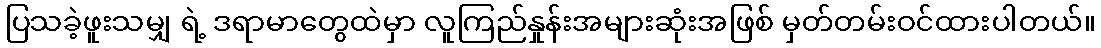
ပြသခဲ့ဖူးသမျှ ရဲ့ ဒရာမာတွေထဲမှာ လူကြည်နှုန်းအများဆုံးအဖြစ် မှတ်တမ်းဝင်ထားပါတယ်။